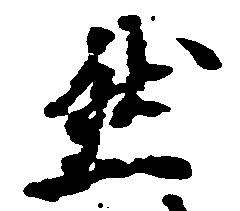
然